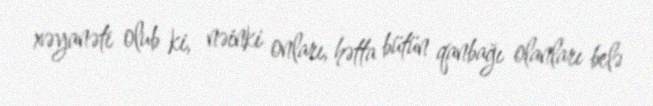
xəyanəti olub ki, nəinki onları, hətta bütün qanbağı olanları belə